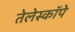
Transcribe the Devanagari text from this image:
तेलेस्कॉपे